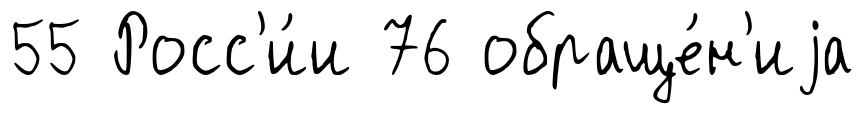
55 Росс'и́и 76 обраще́н'иjа